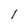
Character: 1